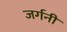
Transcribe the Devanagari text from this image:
जर्गनी